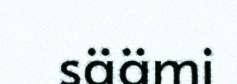
säämi